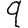
Digit: 9